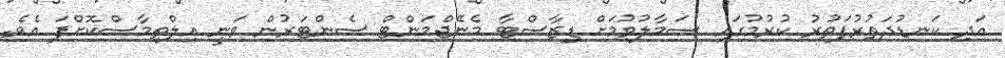
އަދި ކަނޑުދަތުރުފަތުރު ކުރުމުގައި ސަމާލުވުމަށް ޑިޒާސްޓާ މެނޭޖްމަންޓް ސެންޓަރުން ވަނީ އިލްތިމާސްކޮށްފަ އެވެ.